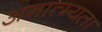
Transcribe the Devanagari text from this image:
अनात्म्यता